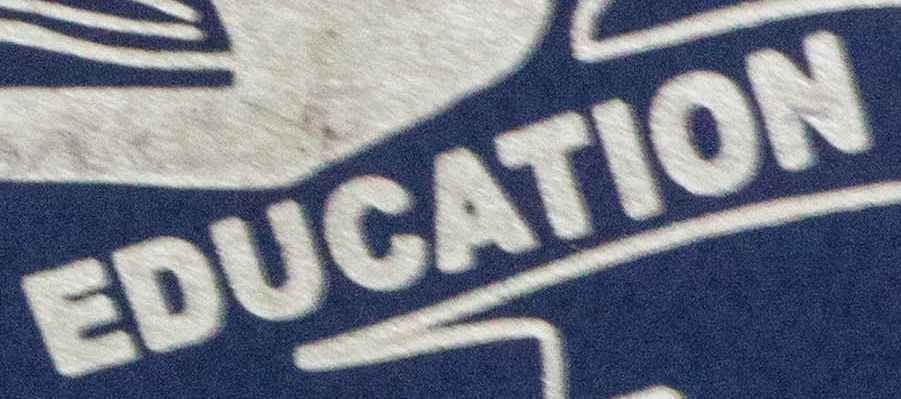
EDUCATION